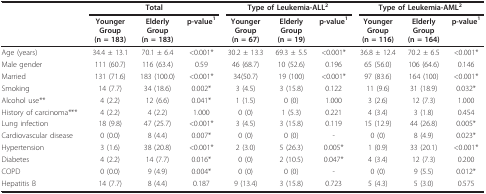
<table><thead><tr><td></td><td colspan="3"><b>Total</b></td><td colspan="3"><b>Type of Leukemia-ALL<sup>2</sup></b></td><td colspan="3"><b>Type of Leukemia-AML<sup>2</sup></b></td></tr><tr><td></td><td><b>YoungerGroup(n = 183)</b></td><td><b>ElderlyGroup(n = 183)</b></td><td><b>p-value<sup>1</sup></b></td><td><b>YoungerGroup(n = 67)</b></td><td><b>ElderlyGroup(n = 19)</b></td><td><b>p-value<sup>1</sup></b></td><td><b>YoungerGroup(n = 116)</b></td><td><b>ElderlyGroup(n = 164)</b></td><td><b>p-value<sup>1</sup></b></td></tr></thead><tbody><tr><td>Age (years)</td><td>34.4 ± 13.1</td><td>70.1 ± 6.4</td><td>&lt;0.001*</td><td>30.2 ± 13.3</td><td>69.3 ± 5.5</td><td>&lt;0.001*</td><td>36.8 ± 12.4</td><td>70.2 ± 6.5</td><td>&lt;0.001*</td></tr><tr><td>Male gender</td><td>111 (60.7)</td><td>116 (63.4)</td><td>0.59</td><td>46 (68.7)</td><td>10 (52.6)</td><td>0.196</td><td>65 (56.0)</td><td>106 (64.6)</td><td>0.146</td></tr><tr><td>Married</td><td>131 (71.6)</td><td>183 (100.0)</td><td>&lt;0.001*</td><td>34(50.7)</td><td>19 (100)</td><td>&lt;0.001*</td><td>97 (83.6)</td><td>164 (100)</td><td>&lt;0.001*</td></tr><tr><td>Smoking</td><td>14 (7.7)</td><td>34 (18.6)</td><td>0.002*</td><td>3 (4.5)</td><td>3 (15.8)</td><td>0.122</td><td>11 (9.6)</td><td>31 (18.9)</td><td>0.032*</td></tr><tr><td>Alcohol use**</td><td>4 (2.2)</td><td>12 (6.6)</td><td>0.041*</td><td>1 (1.5)</td><td>0 (0)</td><td>1.000</td><td>3 (2.6)</td><td>12 (7.3)</td><td>1.000</td></tr><tr><td>History of carcinoma***</td><td>4 (2.2)</td><td>4 (2.2)</td><td>1.000</td><td>0 (0)</td><td>1 (5.3)</td><td>0.221</td><td>4 (3.4)</td><td>3 (1.8)</td><td>0.454</td></tr><tr><td>Lung infection</td><td>18 (9.8)</td><td>47 (25.7)</td><td>&lt;0.001*</td><td>3 (4.5)</td><td>3 (15.8)</td><td>0.119</td><td>15 (12.9)</td><td>44 (26.8)</td><td>0.005*</td></tr><tr><td>Cardiovascular disease</td><td>0 (0.0)</td><td>8 (4.4)</td><td>0.007*</td><td>0 (0)</td><td>0 (0)</td><td>-</td><td>0 (0)</td><td>8 (4.9)</td><td>0.023*</td></tr><tr><td>Hypertension</td><td>3 (1.6)</td><td>38 (20.8)</td><td>&lt;0.001*</td><td>2 (3.0)</td><td>5 (26.3)</td><td>0.005*</td><td>1 (0.9)</td><td>33 (20.1)</td><td>&lt;0.001*</td></tr><tr><td>Diabetes</td><td>4 (2.2)</td><td>14 (7.7)</td><td>0.016*</td><td>0 (0)</td><td>2 (10.5)</td><td>0.047*</td><td>4 (3.4)</td><td>12 (7.3)</td><td>0.200</td></tr><tr><td>COPD</td><td>0 (0.0)</td><td>9 (4.9)</td><td>0.004*</td><td>0 (0)</td><td>0 (0)</td><td>-</td><td>0 (0)</td><td>9 (5.5)</td><td>0.012*</td></tr><tr><td>Hepatitis B</td><td>14 (7.7)</td><td>8 (4.4)</td><td>0.187</td><td>9 (13.4)</td><td>3 (15.8)</td><td>0.723</td><td>5 (4.3)</td><td>5 (3.0)</td><td>0.575</td></tr></tbody></table>